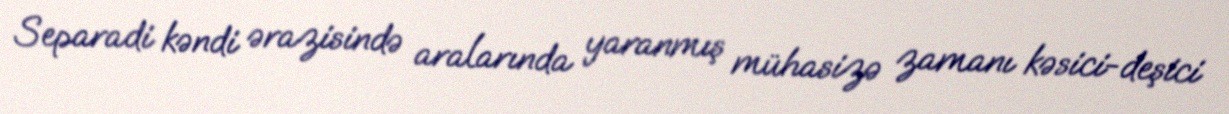
Separadi kəndi ərazisində aralarında yaranmış mühasizə zamanı kəsici-deşici